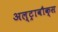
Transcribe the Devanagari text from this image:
अल्ट्रावौक्स